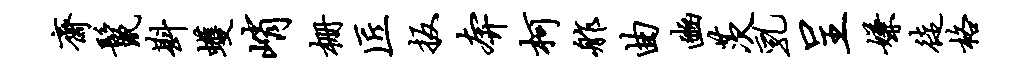
斋鬣斟蠖峭栅匠扳奔柯舴曲豳茨乳呈嫌徒格